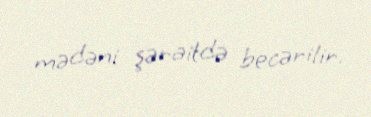
mədəni şəraitdə becərilir.